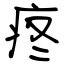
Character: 疼